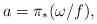
LaTeX: \begin{align*}a=\pi_*(\omega/f),\end{align*}